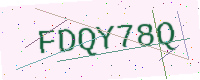
Text: FDQY78Q